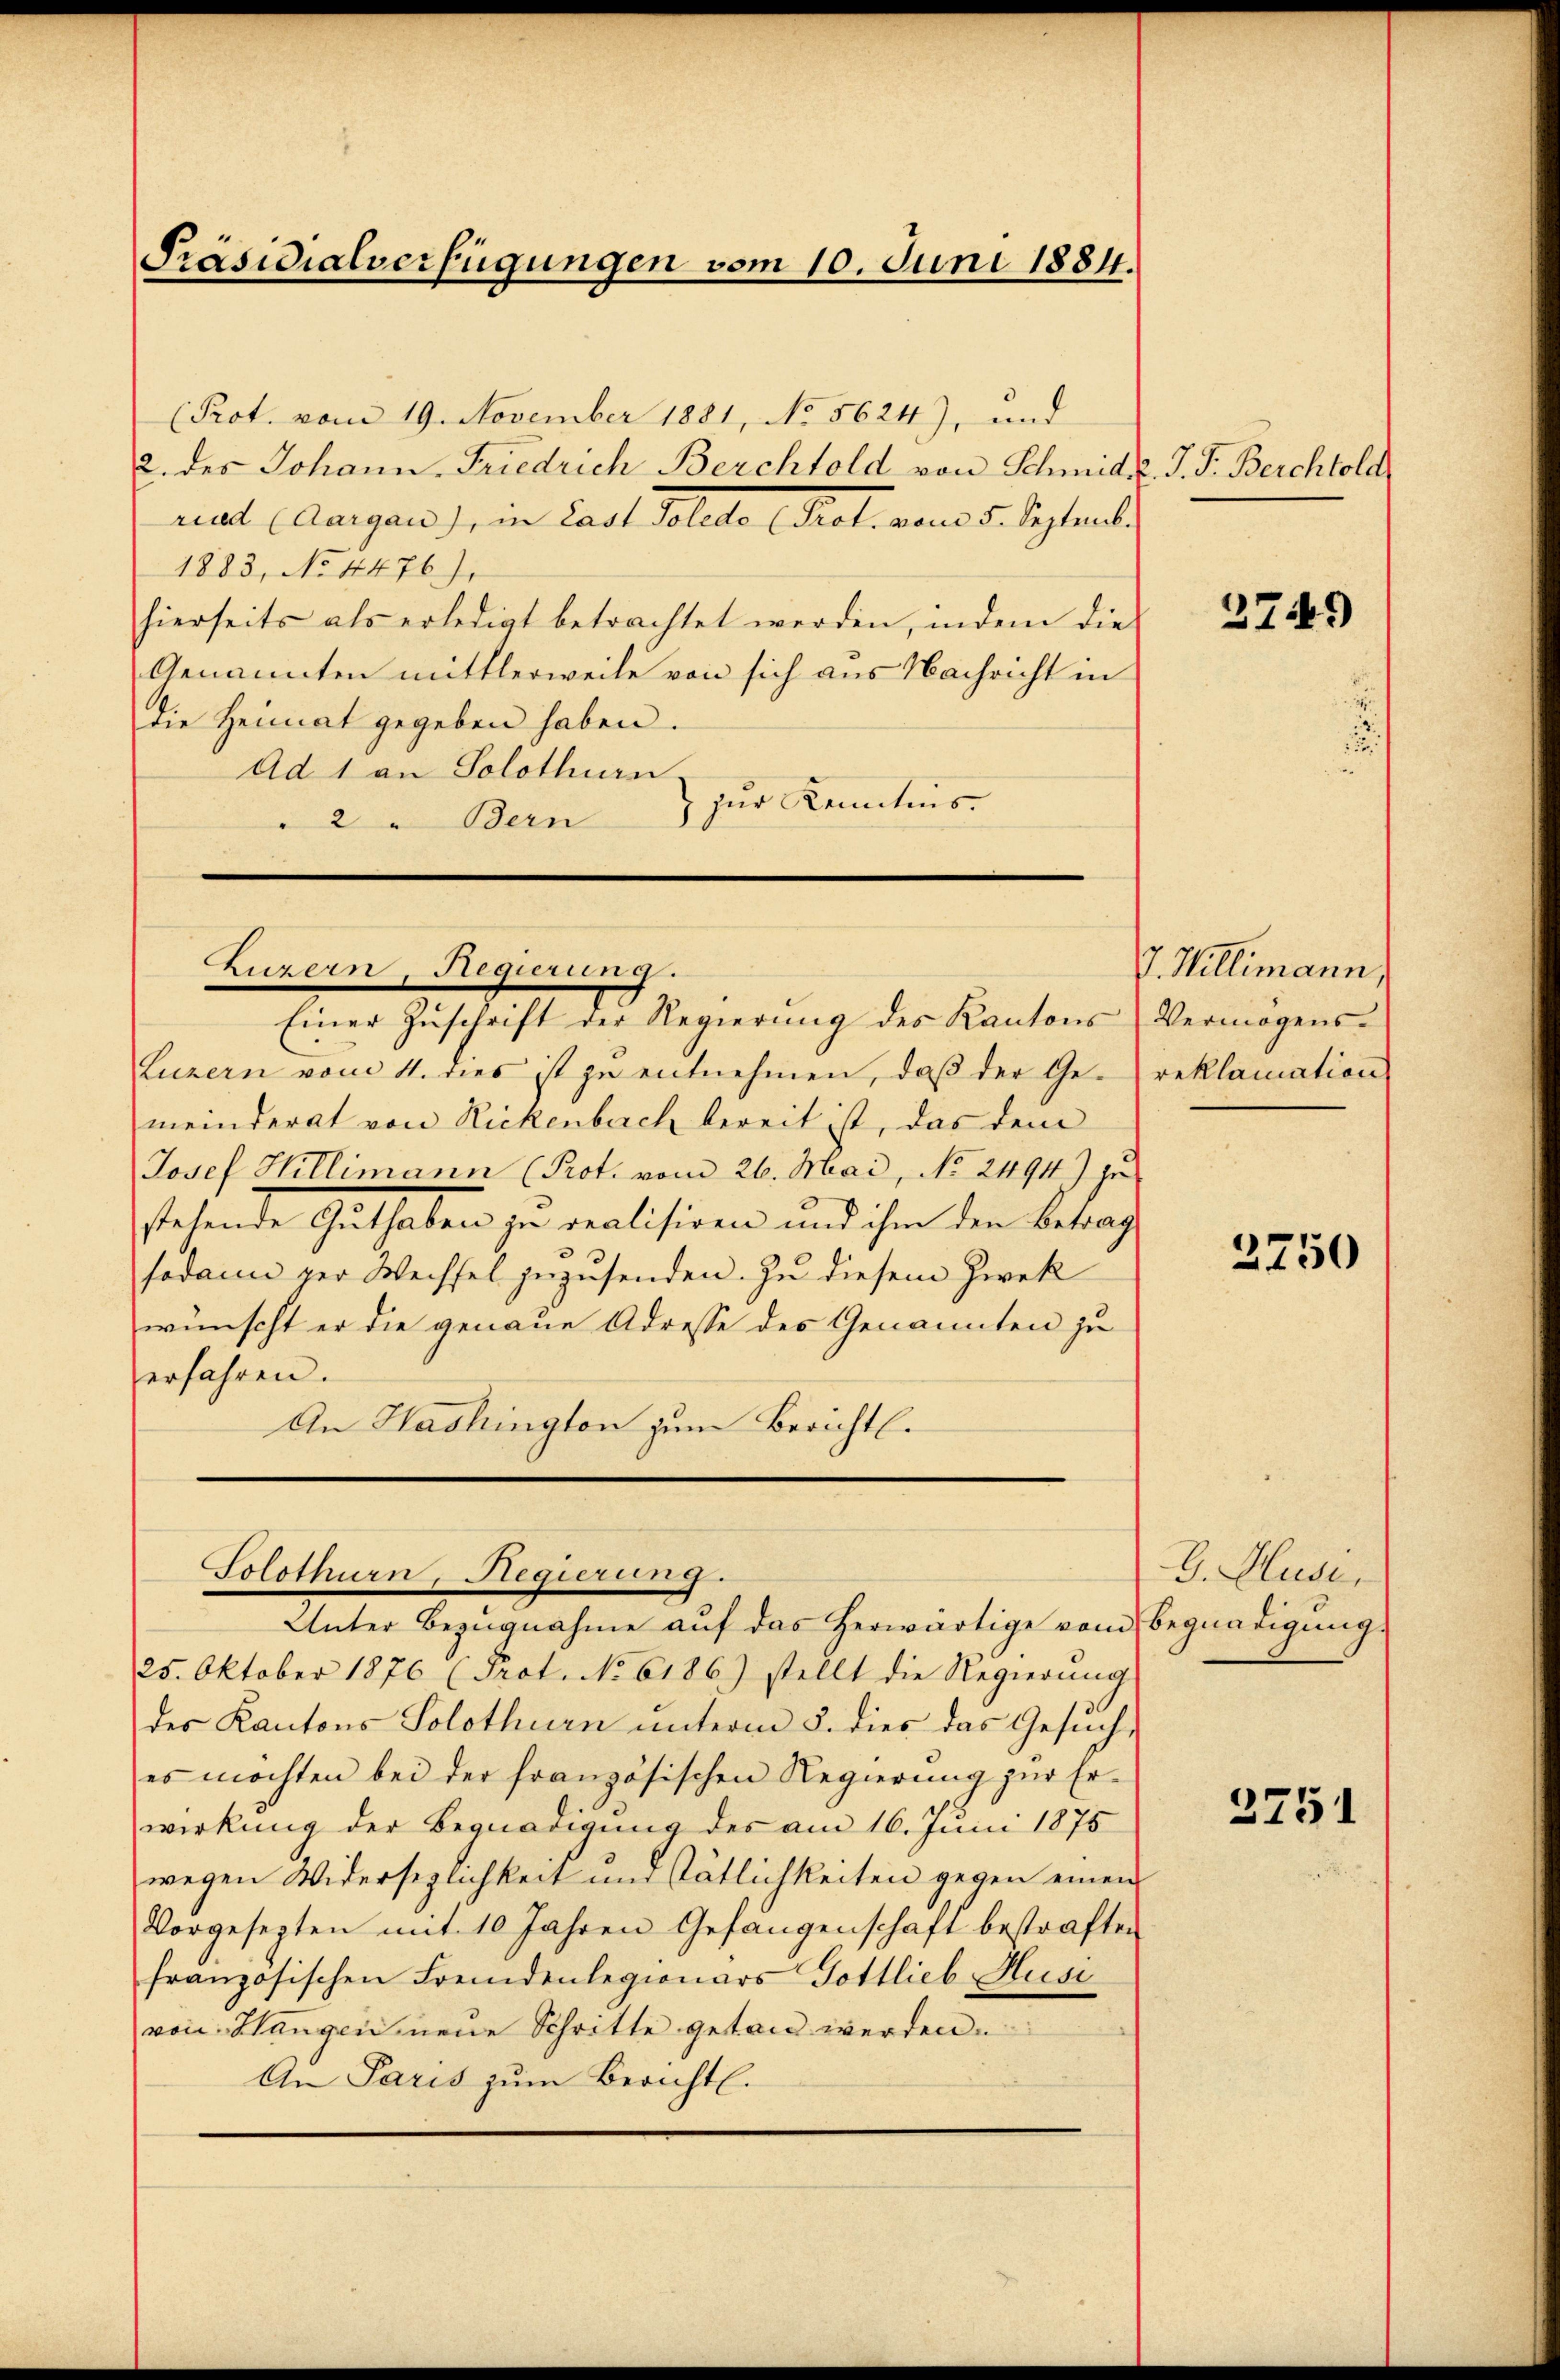
Präsidialverfügungen vom 10. Juni 1884.

(Prot. vom 19. November 1881, No 5624), und
2. des Johann Friedrich Berchtold von Schmid v. J. F. Berchtold
rat Aargau), in Last Solche Prol. von 5. Septembe
1883, No 4476).
hierseits als erledigt betrachtet werden, indem die
Genannten mittlerweile von sich aus Nachricht in
die Heimat gegeben haben.
Ad 1 an Solothurn
zur Kenntnis.
2 " Bern

Luzern, Regierung.

Einer Zŭschrift der Regierŭng des Kantons Vermögens-
Luzern vom 4. dies ist zu entnehmen, daβ der Ge- reklamation
meinderat von Rickenbach bereit ist, das dem
Josef Hillimann (Prot. vom 26. Mai, No. 2494) zu
stehende Guthaben zu realisiren und ihm den Betrag
sodann per Wechsel zuzusenden. Zu diesem Zwek
wünscht er die genaue Adresse des Genannten zu
erfahren.
An Washington zum Berichtl.

25. Oktober 1876 (Prot. No 6186) stellt die Regierŭng
des Kantons Solothurn unterm 5. dies das Gesuch,
es möchten bei der französischen Regierung zur Erwirkung der Begnadigung des am 16. Juni 1875
wegen Widersezlichkeit und tätlichkeiten gegen einen
Vorgesezten mit 10 Jahren Gefangenschaft bestraften
französischen Fremdenlegionars Gottlieb Husi
von Hangen neue Schritte getan werden.
An Paris zŭm Bericht.

Solothurn, Regierung.
Unter Bezŭgnahme aŭf das herwärtige vom Begnadigung.

2749)

J. Willimann,

3750

G. Huse,

3751